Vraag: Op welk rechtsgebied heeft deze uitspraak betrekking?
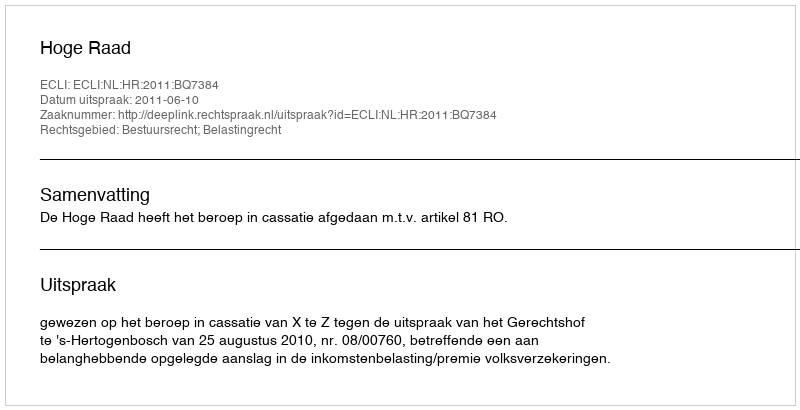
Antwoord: Bestuursrecht; Belastingrecht